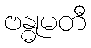
ဗန္ဓုမတီ